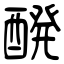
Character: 醗